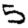
Digit: 5